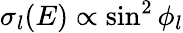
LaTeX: \sigma_{l}(E)\propto\sin^{2}\phi_{l}